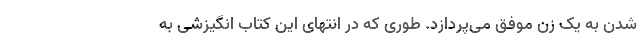
شدن به یک زن موفق می‌پردازد. طوری که در انتهای این کتاب انگیزشی به